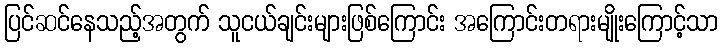
ပြင်ဆင်နေသည့်အတွက် သူငယ်ချင်းများဖြစ်ကြောင်း အကြောင်းတရားမျိုးကြောင့်သာ